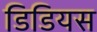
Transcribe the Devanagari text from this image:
डिडियस